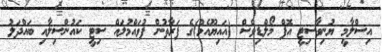
އިސްލާމީ ޔުނިވާސިޓީ އޮފް މޯލްޑިވްސް (އައިޔޫއެމް)ގެ ފަރާތުން ފުވައްމުލައް ސިޓީ ކައުންސިލާއި ބައްދަލު